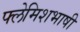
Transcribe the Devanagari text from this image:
फ्लेमिशभाषी